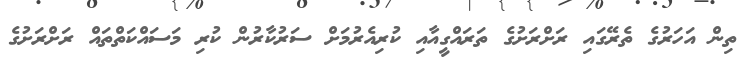
ތިން އަހަރުގެ ތެރޭގައި ރަށްރަށުގެ ތަރައްގީއާއި ކުރިއެެރުމަށް ސަރުކާރުން ކުރި މަސައްކަތްތައް ރަށްރަށުގެ